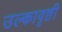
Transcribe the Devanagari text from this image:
उल्कावृष्टी